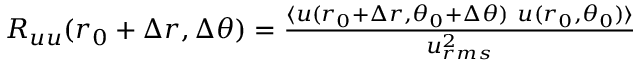
\begin{array} { r } { R _ { u u } ( r _ { 0 } + \Delta r , \Delta \theta ) = \frac { \langle u ( r _ { 0 } + \Delta r , \theta _ { 0 } + \Delta \theta ) ~ u ( r _ { 0 } , \theta _ { 0 } ) \rangle } { u _ { r m s } ^ { 2 } } } \end{array}